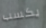
يكسب